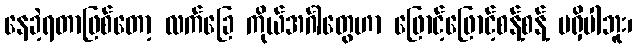
နေခဲ့ရတာဖြစ်တော့ လက်ခြေ ကိုယ်အင်္ဂါတွေဟာ ဖြောင့်ဖြောင့်စန့်စန့် မရှိပါဘူး၊